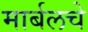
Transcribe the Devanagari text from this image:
मार्बलचे